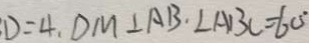
D = 4 , D M \bot A B \cdot \angle A B C = 6 0 ^ { \circ }